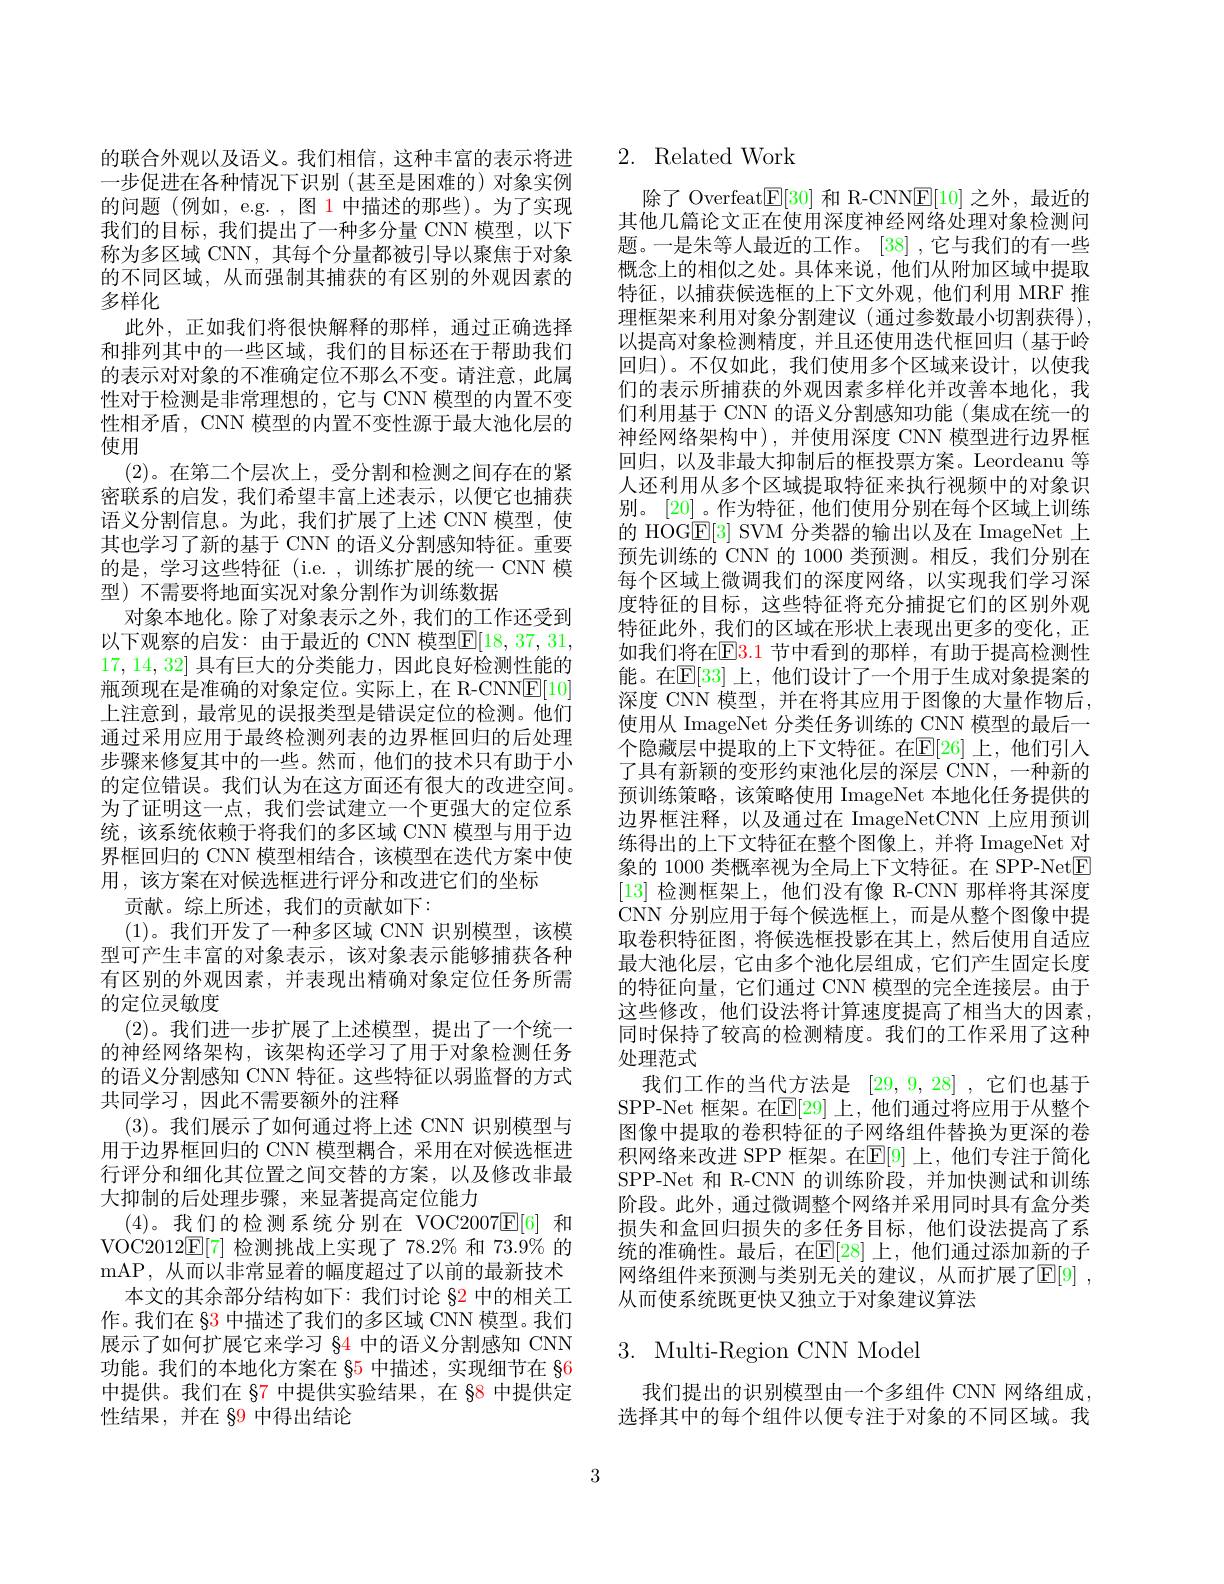
的联合外观以及语义。我们相信，这种丰富的表示将进一步促进在各种情况下识别(甚至是困难的)对象实例的问题(例如，e.g. , 图 1 中描述的那些)。为了实现我们的目标，我们提出了一种多分量 CNN 模型，以下称为多区域 CNN, 其每个分量都被引导以聚焦于对象的不同区域，从而强制其捕获的有区别的外观因素的多样化
此外，正如我们将很快解释的那样，通过正确选择和排列其中的一些区域，我们的目标还在于帮助我们的表示对对象的不准确定位不那么不变。请注意，此属性对于检测是非常理想的，它与 CNN 模型的内置不变性相矛盾，CNN 模型的内置不变性源于最大池化层的使用
(2)。在第二个层次上，受分割和检测之间存在的紧密联系的启发，我们希望丰富上述表示，以便它也捕获语义分割信息。为此，我们扩展了上述 CNN 模型，使其也学习了新的基于 CNN 的语义分割感知特征。重要的是，学习这些特征(i.e.,训练扩展的统一 CNN 模型) 不需要将地面实况对象分割作为训练数据
对象本地化。除了对象表示之外，我们的工作还受到以下观察的启发：由于最近的 CNN 模型$\mathbb{E}[18,37,31$, 17,14,32]具有巨大的分类能力，因此良好检测性能的瓶颈现在是准确的对象定位。实际上，在 R-CNN$\underline{\mathrm{F}}[10]$ 上注意到，最常见的误报类型是错误定位的检测。他们通过采用应用于最终检测列表的边界框回归的后处理步骤来修复其中的一些。然而，他们的技术只有助于小的定位错误。我们认为在这方面还有很大的改进空间。为了证明这一点，我们尝试建立一个更强大的定位系统，该系统依赖于将我们的多区域 CNN 模型与用于边界框回归的 CNN 模型相结合，该模型在迭代方案中使用，该方案在对候选框进行评分和改进它们的坐标
贡献。综上所述，我们的贡献如下：
(1)。我们开发了一种多区域 CNN 识别模型，该模型可产生丰富的对象表示，该对象表示能够捕获各种有区别的外观因素，并表现出精确对象定位任务所需的定位灵敏度
(2)。我们进一步扩展了上述模型，提出了一个统一的神经网络架构，该架构还学习了用于对象检测任务的语义分割感知 CNN 特征。这些特征以弱监督的方式共同学习，因此不需要额外的注释
(3)。我们展示了如何通过将上述 CNN 识别模型与用于边界框回归的 CNN 模型耦合，采用在对候选框进行评分和细化其位置之间交替的方案，以及修改非最大抑制的后处理步骤，来显著提高定位能力
(4)。我们的检测系统分别在 VOC2007$\overline{\mathbb{E}}[6]$和VOC2012$\underline{\mathrm{E}}[7]$检测挑战上实现了$78.2\%$和 73.9% 的mAP, 从而以非常显着的幅度超过了以前的最新技术
本文的其余部分结构如下：我们讨论 §2 中的相关工作。我们在 §3 中描述了我们的多区域 CNN 模型。我们展示了如何扩展它来学习$_{84}$中的语义分割感知 CNN 功能。我们的本地化方案在 85 中描述，实现细节在 §6中提供。我们在 §7 中提供实验结果，在 88 中提供定性结果，并在 89 中得出结论

# 2. Related Work

除了 Overfeat$\underline{\mathrm{E}}[30]$和 R-CNN$\underline{\mathrm{E}}[10]$之外，最近的其他几篇论文正在使用深度神经网络处理对象检测问题。一是朱等人最近的工作。[38] ,它与我们的有一些概念上的相似之处。具体来说，他们从附加区域中提取特征，以捕获候选框的上下文外观，他们利用 MRF 推理框架来利用对象分割建议(通过参数最小切割获得), 以提高对象检测精度，并且还使用迭代框回归(基于岭回归)。不仅如此，我们使用多个区域来设计，以使我们的表示所捕获的外观因素多样化并改善本地化，我们利用基于 CNN 的语义分割感知功能(集成在统一的神经网络架构中),并使用深度 CNN 模型进行边界框回归，以及非最大抑制后的框投票方案。Leordeanu 等人还利用从多个区域提取特征来执行视频中的对象识别。[20]。作为特征，他们使用分别在每个区域上训练的 HOG$\underline{\mathrm{E}}[3]$ SVM 分类器的输出以及在 ImageNet 上预先训练的 CNN 的 1000 类预测。相反，我们分别在每个区域上微调我们的深度网络，以实现我们学习深度特征的目标，这些特征将充分捕捉它们的区别外观特征此外，我们的区域在形状上表现出更多的变化，正如我们将在$\overline{\mathrm{E}}$E3.1 节中看到的那样，有助于提高检测性能。在$\mathbb{E}[33]$ 上，他们设计了一个用于生成对象提案的深度 CNN 模型，并在将其应用于图像的大量作物后， 使用从 ImageNet 分类任务训练的 CNN 模型的最后一个隐藏层中提取的上下文特征。在$\mathbb{E}[26]$ 上，他们引入了具有新颖的变形约束池化层的深层 CNN, 一种新的预训练策略，该策略使用 ImageNet 本地化任务提供的边界框注释，以及通过在 ImageNetCNN 上应用预训练得出的上下文特征在整个图像上，并将 ImageNet 对象的 1000 类概率视为全局上下文特征。在 SPP-Net$\boxed{\mathrm{F}}$ [13]检测框架上，他们没有像 R-CNN 那样将其深度CNN 分别应用于每个候选框上，而是从整个图像中提取卷积特征图，将候选框投影在其上，然后使用自适应最大池化层，它由多个池化层组成，它们产生固定长度的特征向量，它们通过 CNN 模型的完全连接层。由于这些修改，他们设法将计算速度提高了相当大的因素， 同时保持了较高的检测精度。我们的工作采用了这种处理范式
我们工作的当代方法是[29,9,28] ,它们也基于SPP-Net 框架。在$\mathbb{E}[29]$ 上，他们通过将应用于从整个图像中提取的卷积特征的子网络组件替换为更深的卷积网络来改进 SPP 框架。在$\mathbb{E}[9]$ 上，他们专注于简化SPP-Net 和 R-CNN 的训练阶段，并加快测试和训练阶段。此外，通过微调整个网络并采用同时具有盒分类损失和盒回归损失的多任务目标，他们设法提高了系统的准确性。最后，在$\mathbb{E}[28]$ 上，他们通过添加新的子网络组件来预测与类别无关的建议，从而扩展了$\mathbb{E} [ 9]$ , 从而使系统既更快又独立于对象建议算法

## 3. Multi-Region CNN Model

我们提出的识别模型由一个多组件 CNN 网络组成， 选择其中的每个组件以便专注于对象的不同区域。我

3